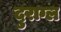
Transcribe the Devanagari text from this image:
दुराग्ल